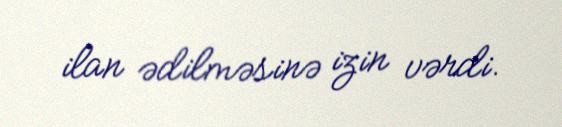
ilan ədilməsinə izin vərdi.